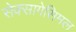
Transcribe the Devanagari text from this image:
सेक्सागेसिमल